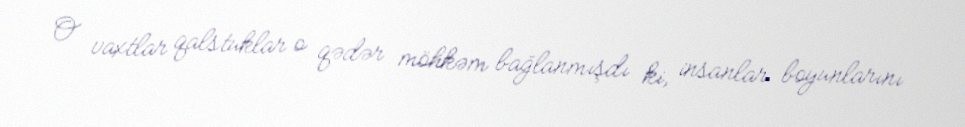
O vaxtlar qalstuklar o qədər möhkəm bağlanmışdı ki, insanlar boyunlarını